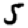
Digit: 5